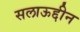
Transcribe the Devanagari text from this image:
सलाऊद्दीन